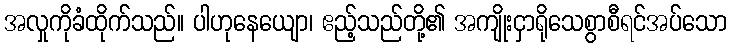
အလှုကိုခံထိုက်သည်။ ပါဟုနေယျော၊ ဧည့်သည်တို့၏ အကျိုးငှာရိုသေစွာစီရင်အပ်သော